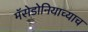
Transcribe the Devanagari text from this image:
मॅसेडोनियाच्याच